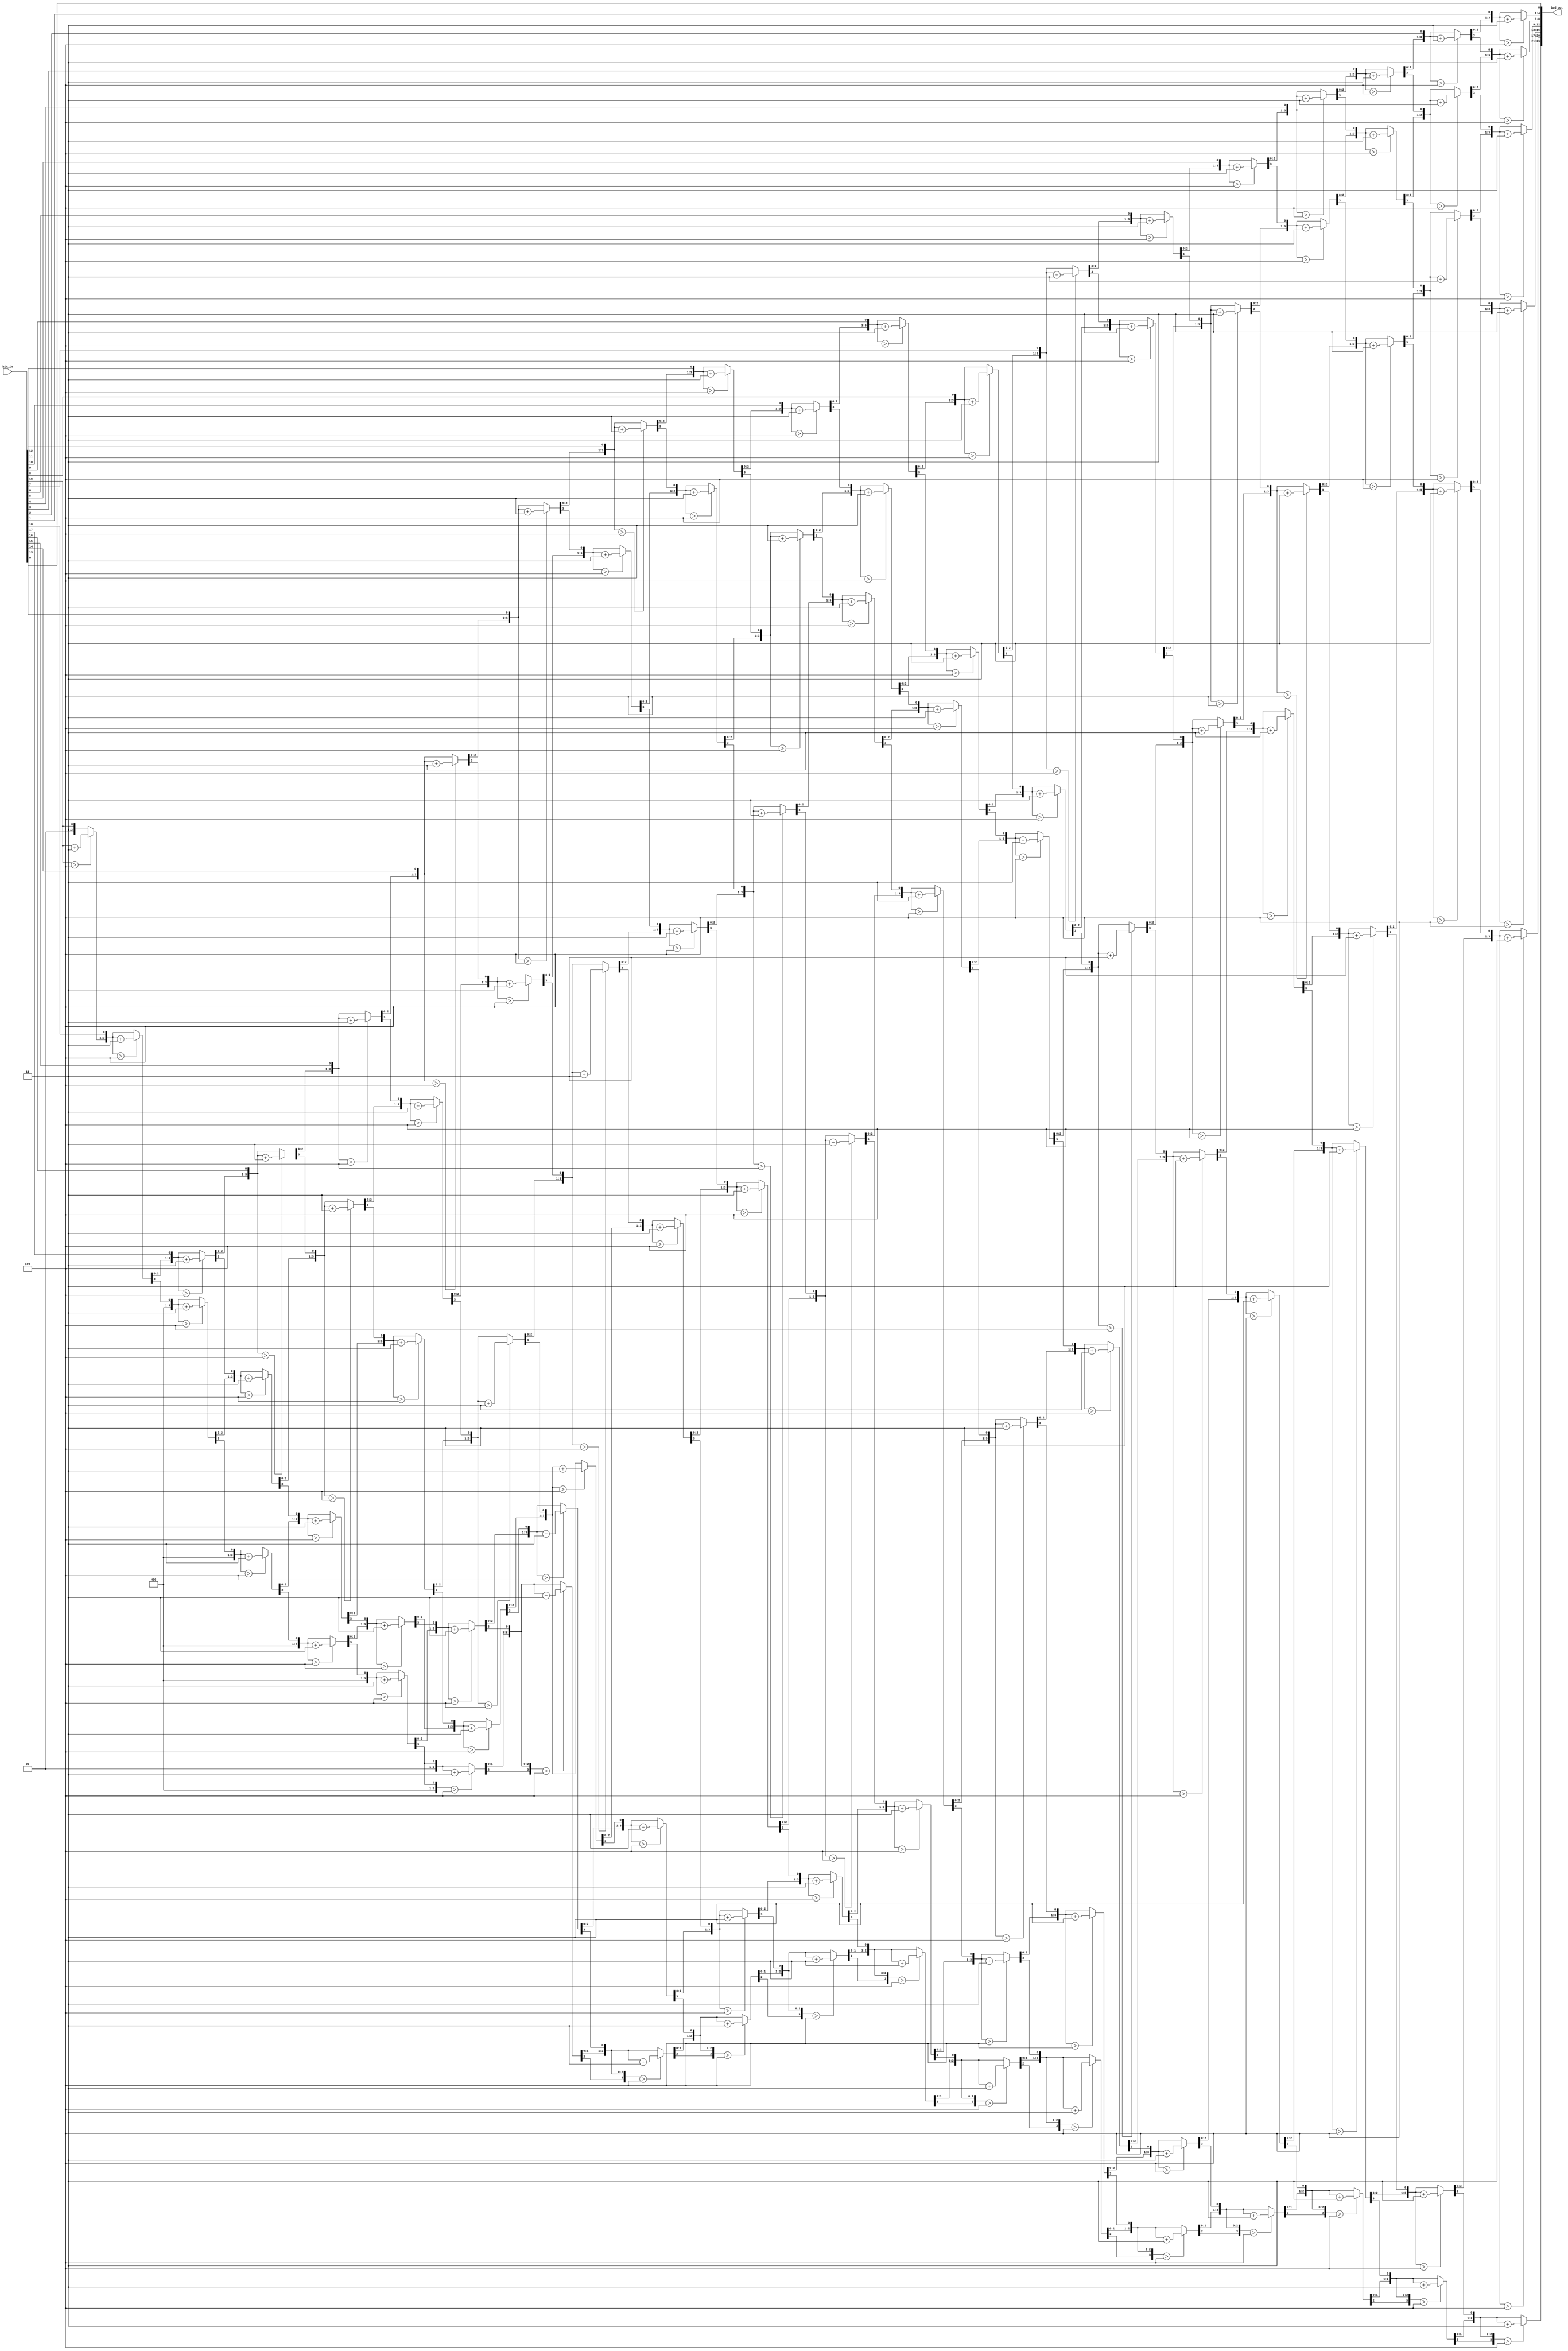
module Bin2BCD 
(
    input wire[19:0] bin_in,   //2020'd0 ~ 20'd999_999;
    output wire[23:0] bcd_out  //24BCD4BCD1      
);  
   
    reg[19:0] temp;
    reg[3:0] ones;     //
    reg[3:0] tens;     //
    reg[3:0] hans;     //
    reg[3:0] thos;     //
    reg[3:0] t_thos;   //
    reg[3:0] h_thos;   //
    
    integer i;
    
    
    //2
    //1.
    //2.
    always @(*) begin
        temp = bin_in;
        ones = 4'd0;    tens = 4'd0;      hans = 4'd0;  
        thos = 4'd0;    t_thos = 4'd0;    h_thos = 4'd0;  
        
        for(i = 0; i < 20; i = i + 1) begin
            //
            if(ones > 4'd4)     ones   =  ones   +  4'd3;
            if(tens > 4'd4)     tens   =  tens   +  4'd3;
            if(hans > 4'd4)     hans   =  hans   +  4'd3;
            if(thos > 4'd4)     thos   =  thos   +  4'd3;
            if(t_thos > 4'd4)   t_thos =  t_thos +  4'd3;
            if(h_thos > 4'd4)   h_thos =  h_thos +  4'd3;

            //
            h_thos =  {h_thos[2:0] ,  t_thos[3]};
            t_thos =  {t_thos[2:0] ,  thos[3]};
            thos   =  {thos[2:0]   ,  hans[3]};
            hans   =  {hans[2:0]   ,  tens[3]};
            tens   =  {tens[2:0]   ,  ones[3]};
            ones   =  {ones[2:0]   ,  temp[19]};
            temp   =  {temp[18:0]  ,  1'b0};
        end
    end

    
    assign bcd_out = {h_thos, t_thos, thos, hans, tens, ones};
 
endmodule

//Modelsim
   /* reg[19:0] temp1,temp2,temp3,temp4,temp5,temp6,temp7,temp8,temp9,temp10,temp11,temp12,temp13,temp14,temp15,temp16,temp17,temp18,temp19,temp20;
    reg[23:0] t1,t2,t3,t4,t5,t6,t7,t8,t9,t10,t11,t12,t13,t14,t15,t16,t17,t18,t19,t20;
    case(i)
                0:begin temp1 = temp; t1 = {h_thos, t_thos, thos, hans, tens, ones}; end
                1:begin temp2 = temp; t2  = {h_thos, t_thos, thos, hans, tens, ones}; end
                2:begin temp3 = temp; t3  = {h_thos, t_thos, thos, hans, tens, ones}; end
                3:begin temp4 = temp; t4  = {h_thos, t_thos, thos, hans, tens, ones}; end
                4:begin temp5 = temp; t5  = {h_thos, t_thos, thos, hans, tens, ones}; end
                5:begin temp6 = temp; t6  = {h_thos, t_thos, thos, hans, tens, ones}; end
                6:begin temp7 = temp; t7  = {h_thos, t_thos, thos, hans, tens, ones}; end
                7:begin temp8 = temp; t8  = {h_thos, t_thos, thos, hans, tens, ones}; end
                8:begin temp9 = temp; t9  = {h_thos, t_thos, thos, hans, tens, ones}; end
                9:begin temp10 = temp; t10  = {h_thos, t_thos, thos, hans, tens, ones}; end
                10:begin temp11 = temp; t11  = {h_thos, t_thos, thos, hans, tens, ones}; end
                11:begin temp12 = temp; t12  = {h_thos, t_thos, thos, hans, tens, ones}; end
                12:begin temp13 = temp; t13  = {h_thos, t_thos, thos, hans, tens, ones}; end
                13:begin temp14 = temp; t14  = {h_thos, t_thos, thos, hans, tens, ones}; end
                14:begin temp15 = temp; t15  = {h_thos, t_thos, thos, hans, tens, ones}; end
                15:begin temp16 = temp; t16  = {h_thos, t_thos, thos, hans, tens, ones}; end
                16:begin temp17 = temp; t17  = {h_thos, t_thos, thos, hans, tens, ones}; end
                17:begin temp18 = temp; t18  = {h_thos, t_thos, thos, hans, tens, ones}; end
                18:begin temp19 = temp; t19  = {h_thos, t_thos, thos, hans, tens, ones}; end
                19:begin temp20 = temp; t20  = {h_thos, t_thos, thos, hans, tens, ones}; end
            endcase*/